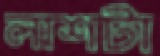
লাশটা